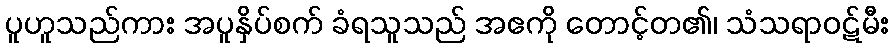
ပူဟူသည်ကား အပူနှိပ်စက် ခံရသူသည် အဧကို တောင့်တ၏၊ သံသရာဝဋ်မီး